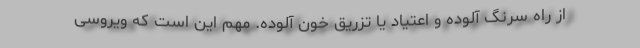
از راه سرنگ آلوده و اعتیاد یا تزریق خون آلوده. مهم این است که ویروسی